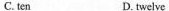
C. ten D. twelve